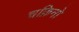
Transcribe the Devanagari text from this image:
चक्रिनो